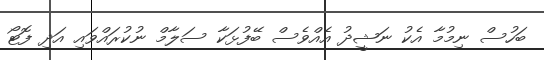
ބަހުސް ނިމުމާ އެކު ނަޝީދު އެއްވެސް ބޭފުޅަކާ ސަލާމް ނުކުރައްވައި އަދި ފޮޓޯ